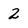
Character: 2